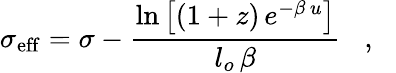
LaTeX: \sigma_{\mathrm{eff}}=\sigma-\frac{\mathrm{ln}\left[(1+z)\, e^{-\beta\, u}\right]}{l_{o}\, \beta}\, \, \, \, \, ,\, \, \, \, \,